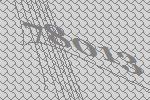
78013